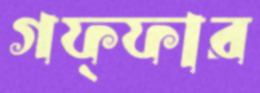
গফ্ফার